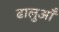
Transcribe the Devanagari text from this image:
ढालुआँ